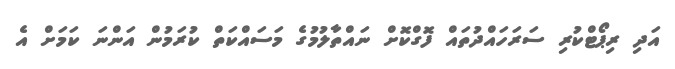
އަދި ރިޕޯޓްކުރި ސަރަހައްދުތައް ފޮގްކޮށް ނައްތާލުމުގެ މަސައްކަތް ކުރަމުން އަންނަ ކަމަށް އެ